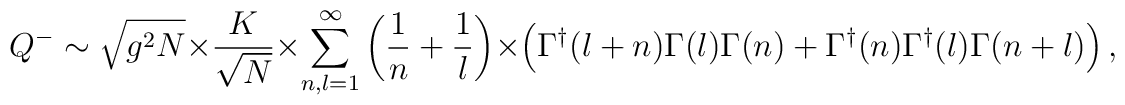
Q^- \sim \sqrt{g^2 N} \times \frac{K}{\sqrt{N}} \times \sum_{n,l=1}^{\infty}\left(\frac{1}{n} + \frac{1}{l} \right)  \times \left(\Gamma^{\dagger}(l+n) \Gamma(l) \Gamma(n)+ \Gamma^{\dagger}(n)\Gamma^{\dagger}(l) \Gamma (n+l)\right),